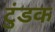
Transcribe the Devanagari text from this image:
टुंडक